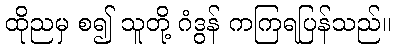
ထိုညမှ စ၍ သူတို့ ဂံဒွန် ကကြရပြန်သည်။